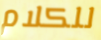
للكلام